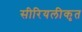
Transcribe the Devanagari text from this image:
सीरियलीकृत